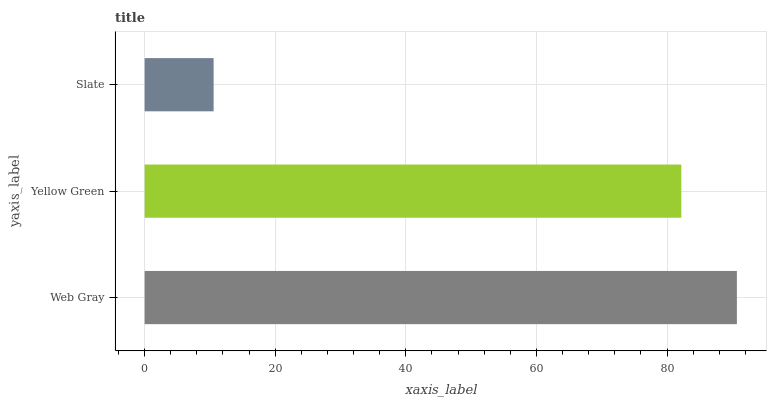
| yaxis_label | bars |
 | --- | --- |
 | Web Gray | 90.7 |
 | Yellow Green | 82.2 |
 | Slate | 10.6 |